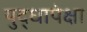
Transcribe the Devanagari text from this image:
युद्धापेक्षा